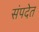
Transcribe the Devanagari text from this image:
संपदेत